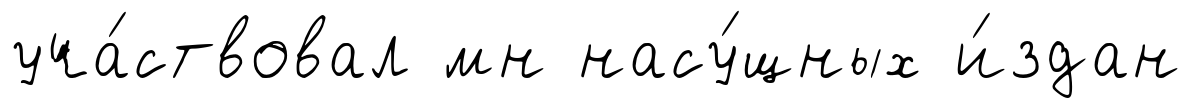
уча́ствовал мн насу́щных и́здан